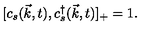
[ c _ { s } ( \vec { k } , t ) , c _ { s } ^ { \dag } ( \vec { k } , t ) ] _ { + } = 1 .